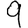
Digit: 9